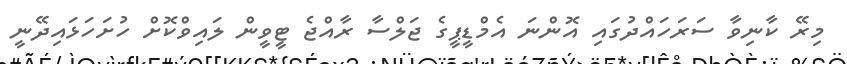
މިރޭ ކާނިވާ ސަރަހައްދުގައި އޮންނަ އެމްޑީޕީގެ ޖަލްސާ ރާއްޖެ ޓީވީން ލައިވްކޮށް ހުށަހަޅައިދޭނީ